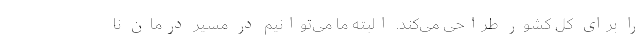
را برای کل کشور طراحی می‌کند. البته ما می‌توانیم در مسیر درمان نا